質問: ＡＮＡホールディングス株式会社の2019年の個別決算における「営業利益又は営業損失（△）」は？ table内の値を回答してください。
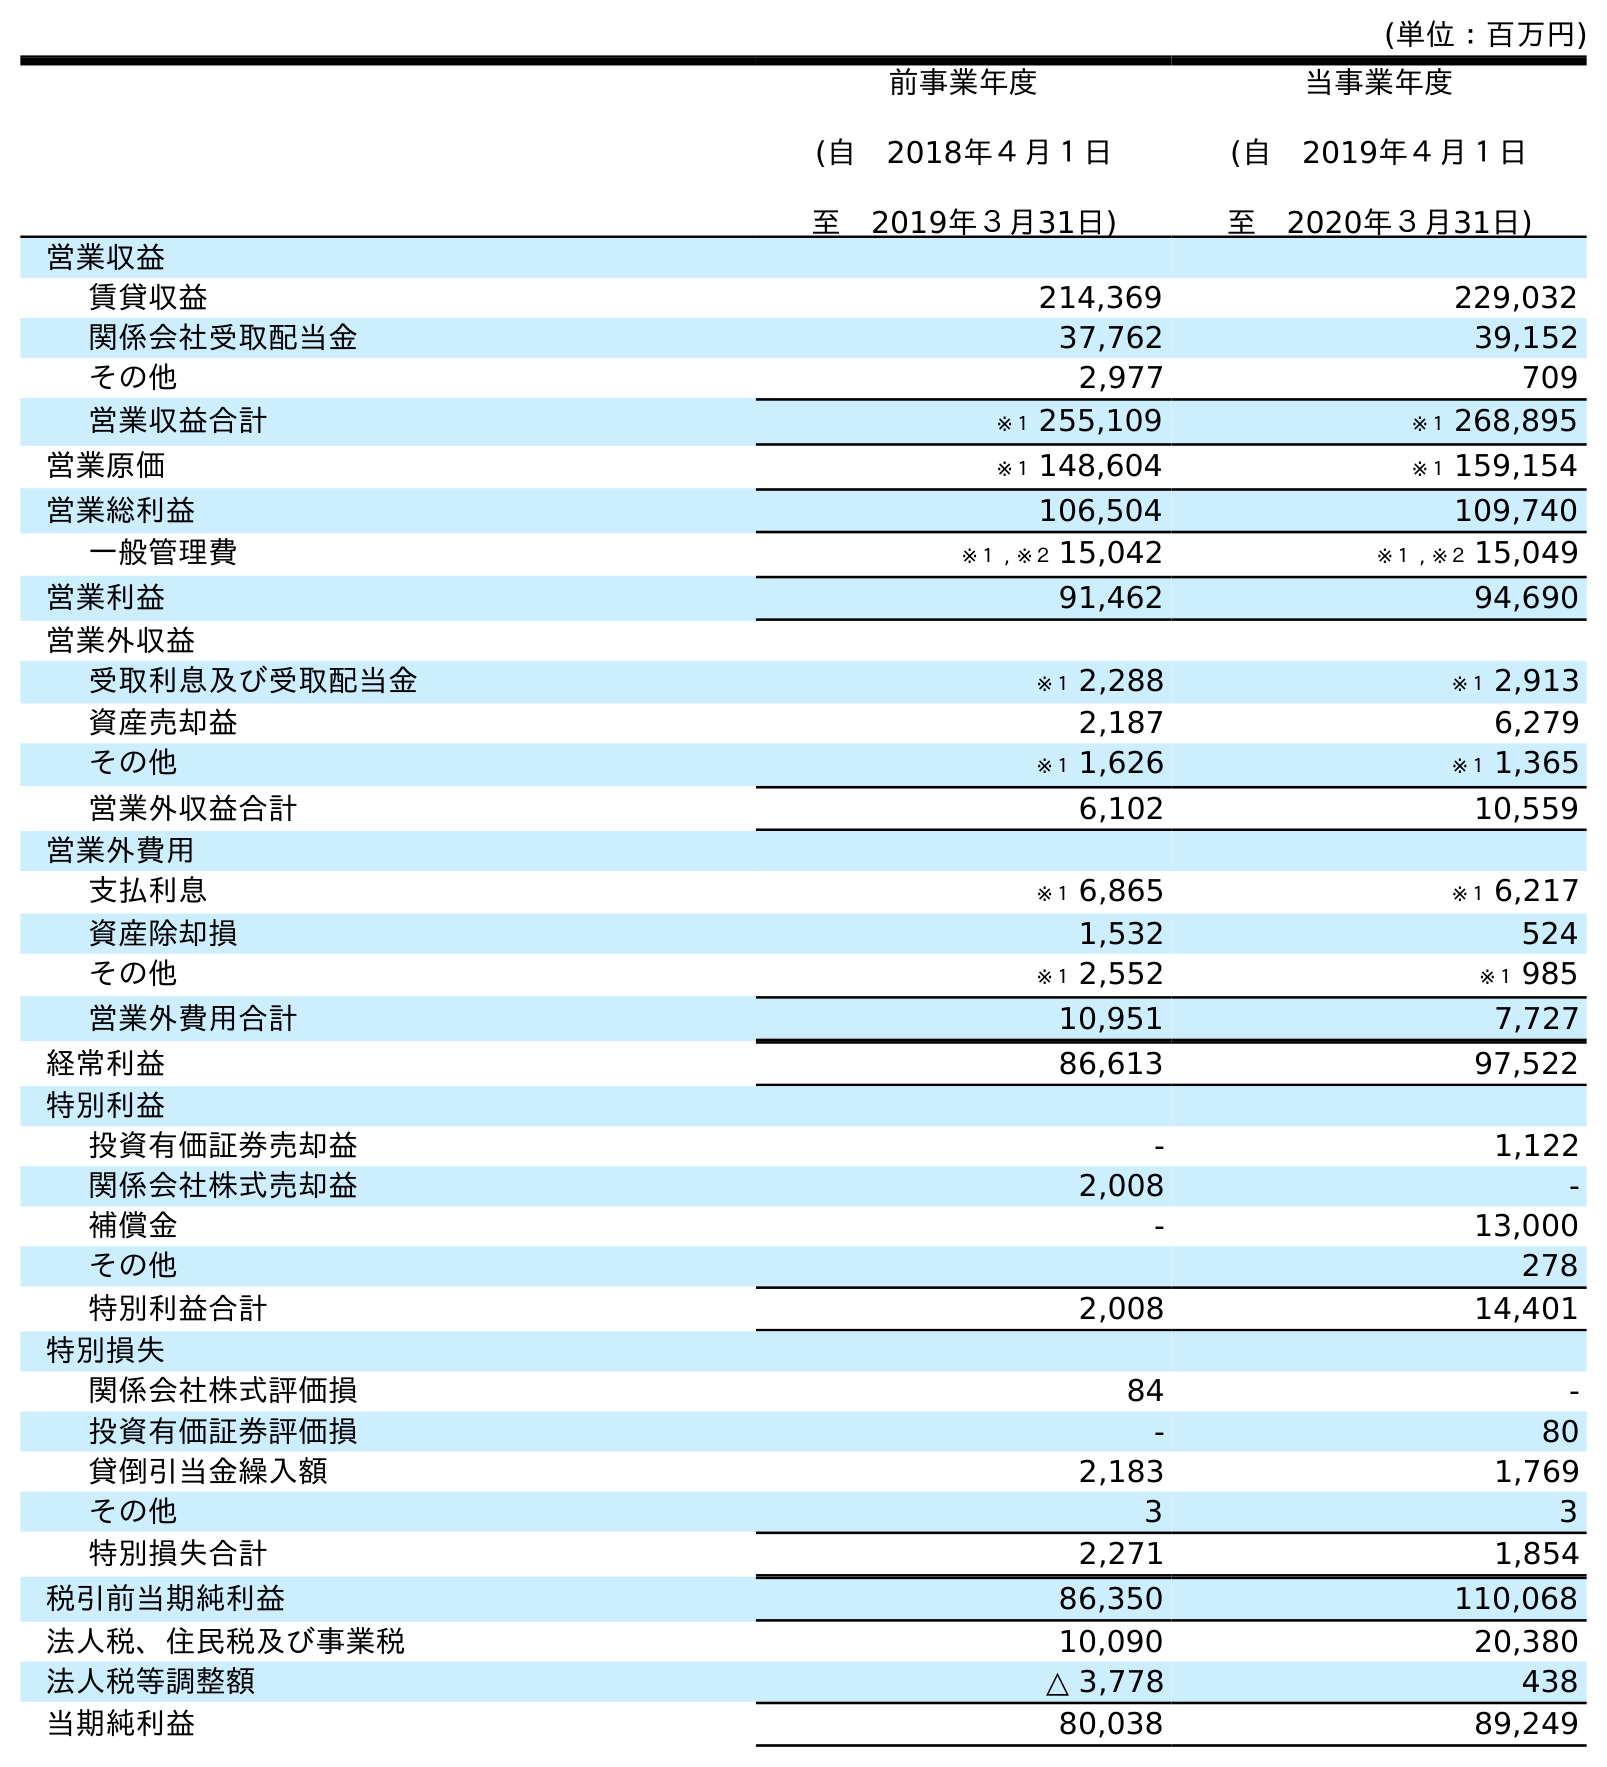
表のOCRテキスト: (単位：百万円) 前事業年度 (自 2018年４月１日 至 2019年３月31日) 当事業年度 (自 2019年４月１日 至 2020年３月31日) 営業収益 賃貸収益 214,369 229,032 関係会社受取配当金 37,762 39,152 その他 2,977 709 営業収益合計 ※１ 255,109 ※１ 268,895 営業原価 ※１ 148,604 ※１ 159,154 営業総利益 106,504 109,740 一般管理費 ※１ , ※２ 15,042 ※１ , ※２ 15,049 営業利益 91,462 94,690 営業外収益 受取利息及び受取配当金 ※１ 2,288 ※１ 2,913 資産売却益 2,187 6,279 その他 ※１ 1,626 ※１ 1,365 営業外収益合計 6,102 10,559 営業外費用 支払利息 ※１ 6,865 ※１ 6,217 資産除却損 1,532 524 その他 ※１ 2,552 ※１ 985 営業外費用合計 10,951 7,727 経常利益 86,613 97,522 特別利益 投資有価証券売却益 - 1,122 関係会社株式売却益 2,008 - 補償金 - 13,000 その他 278 特別利益合計 2,008 14,401 特別損失 関係会社株式評価損 84 - 投資有価証券評価損 - 80 貸倒引当金繰入額 2,183 1,769 その他 3 3 特別損失合計 2,271 1,854 税引前当期純利益 86,350 110,068 法人税、住民税及び事業税 10,090 20,380 法人税等調整額 △ 3,778 438 当期純利益 80,038 89,249
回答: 91,462